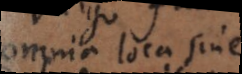
omnia loca sine